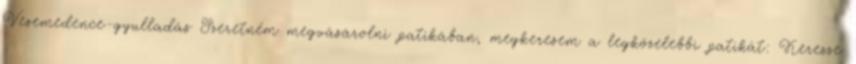
Vesemedence-gyulladás Szeretném megvásárolni patikában, megkeresem a legközelebbi patikát: Keresse